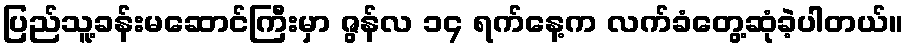
ပြည်သူ့ခန်းမဆောင်ကြီးမှာ ဇွန်လ ၁၄ ရက်နေ့က လက်ခံတွေ့ဆုံခဲ့ပါတယ်။